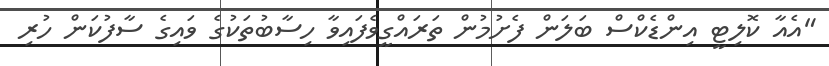
"އެއާ ކޮލިޓީ އިންޑެކްސް ބަލަން ފެށުމުން ތަރައްގީވެފައިވާ ހިސާބުތަކުގެ ވައިގެ ސާފުކަން ހުރި